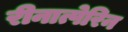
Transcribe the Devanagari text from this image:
रीनात्पेरिन